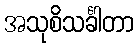
အသုစိသင်္ခါတာ